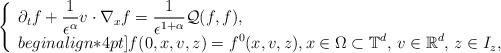
LaTeX: \begin{align*}\left\{\begin{array}{l}\displaystyle \partial_t f + \frac{1}{\epsilon^\alpha} v\cdot\nabla_x f =\frac{1}{\epsilon^{1+\alpha}}\mathcal Q(f,f), \\begin{align*}4pt]\displaystyle f(0,x,v,z)=f^0(x,v,z), x\in\Omega\subset\mathbb T^d, \, v\in \mathbb R^d, \, z\in I_z,\end{array}\right.\end{align*}